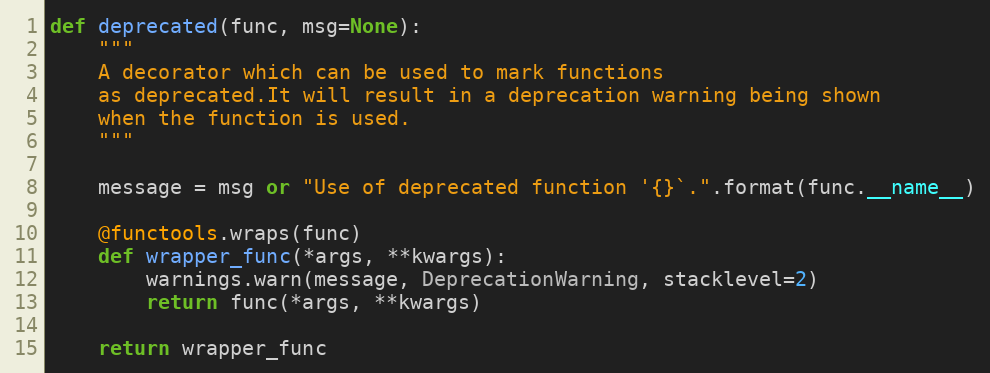
Language: Python
def deprecated(func, msg=None):
    """
    A decorator which can be used to mark functions
    as deprecated.It will result in a deprecation warning being shown
    when the function is used.
    """

    message = msg or "Use of deprecated function '{}`.".format(func.__name__)

    @functools.wraps(func)
    def wrapper_func(*args, **kwargs):
        warnings.warn(message, DeprecationWarning, stacklevel=2)
        return func(*args, **kwargs)

    return wrapper_func